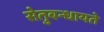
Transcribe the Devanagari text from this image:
सेतुबन्धायते